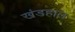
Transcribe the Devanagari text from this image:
खंडहाल